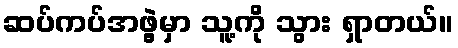
ဆပ်ကပ်အဖွဲ့မှာ သူ့ကို သွား ရှာတယ်။